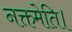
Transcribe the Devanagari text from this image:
नक्तमेति।